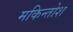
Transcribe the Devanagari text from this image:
मकिन्तोश